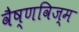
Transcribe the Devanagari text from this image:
वैष्णविज्म